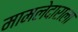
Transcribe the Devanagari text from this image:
मामलेदाराला